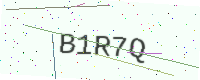
Text: B1R7Q